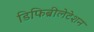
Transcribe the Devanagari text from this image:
डिफिब्रीलेटेशन